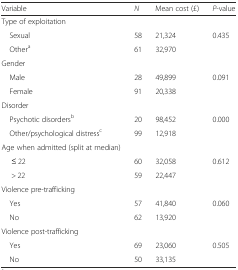
<table><thead><tr><td><b>Variable</b></td><td><b><i>N</i></b></td><td><b>Mean cost (£)</b></td><td><b><i>P</i>-value</b></td></tr></thead><tbody><tr><td>Type of exploitation</td><td></td><td></td><td></td></tr><tr><td> Sexual</td><td>58</td><td>21,324</td><td>0.435</td></tr><tr><td> Other<sup>a</sup></td><td>61</td><td>32,970</td><td></td></tr><tr><td>Gender</td><td></td><td></td><td></td></tr><tr><td> Male</td><td>28</td><td>49,899</td><td>0.091</td></tr><tr><td> Female</td><td>91</td><td>20,338</td><td></td></tr><tr><td>Disorder</td><td></td><td></td><td></td></tr><tr><td> Psychotic disorders<sup>b</sup></td><td>20</td><td>98,452</td><td>0.000</td></tr><tr><td> Other/psychological distress<sup>c</sup></td><td>99</td><td>12,918</td><td></td></tr><tr><td>Age when admitted (split at median)</td><td></td><td></td><td></td></tr><tr><td>≤ 22</td><td>60</td><td>32,058</td><td>0.612</td></tr><tr><td>&gt; 22</td><td>59</td><td>22,447</td><td></td></tr><tr><td>Violence pre-trafficking</td><td></td><td></td><td></td></tr><tr><td> Yes</td><td>57</td><td>41,840</td><td>0.060</td></tr><tr><td> No</td><td>62</td><td>13,920</td><td></td></tr><tr><td>Violence post-trafficking</td><td></td><td></td><td></td></tr><tr><td> Yes</td><td>69</td><td>23,060</td><td>0.505</td></tr><tr><td> No</td><td>50</td><td>33,135</td><td></td></tr></tbody></table>